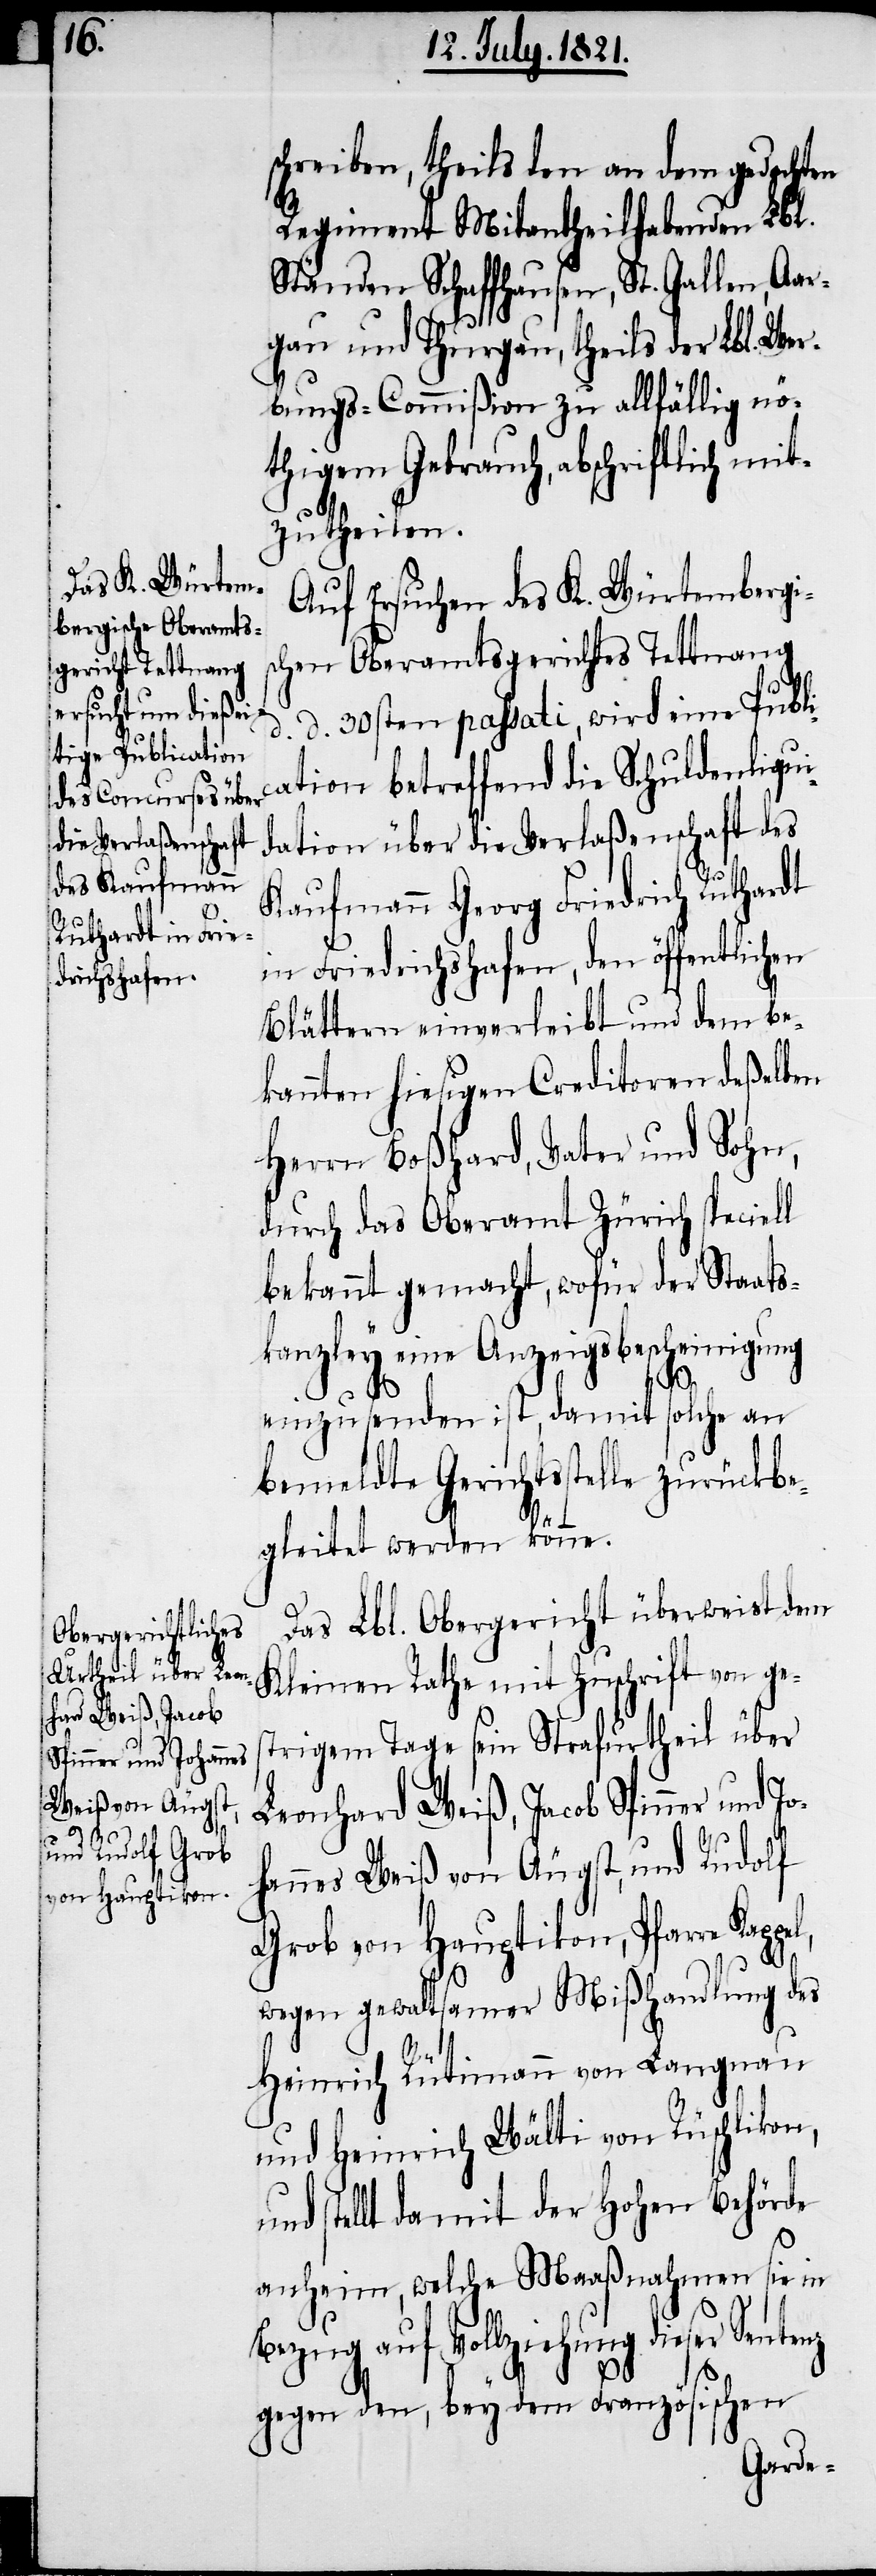
schreiben, theils den an dem gedachten
Regiment Mitantheilhabenden Lbl.
Ständen Schaffhausen, St. Gallen, Aar¬
gau und Thurgau, theils der Lbl. Wer¬
bungs-Commißion zu allfällig nö¬
thigem Gebrauch, abschriftlich mit¬
zutheilen.
Auf Ersuchen des K. Würtembergi¬
schen Oberamtsgerichtes Tettnang
d. 30sten passati, wird eine Public¬
ation betreffend die Schuldliqui¬
dation über die Verlaßenschaft des
Kaufmann Georg Friedrich Ruthardt
in Friedrichshafen, den öffentlichen
Blättern einverleibt und dem be¬
kannten hiesigen Creditoren deßelben
Herren Boßhard, Vater und Sohn,
durch das Oberamt Zürich speciell
bekannt gemacht, wofür der Staats¬
kanzley eine Anzeigsbescheinigung
Jo¬
einzusenden ist, damit solche an
bemeldte Gerichtsstelle zurückbe¬
gleitet werden könne.
Das Lbl. Obergericht überweist dem
Kleinen Rathe mit Zuschrift von ges¬
trigem Tage sein Strafurtheil über
Leonhard Weiß, Jacob Spinner und
hannes Weiß von Äugst, und Rudolf
Grob von Hauptikon, Pfarre
wegen gewaltsamer Mißhandlung des
Heinrich Rütimann von Langnau
und Heinrich Wälti von Rüschlikon,
und stellt damit der Hohen Behörde
anheim, welche Maaßnahmen sie in
Bezug auf Vollziehung dieser
gegen den, bey dem Französischen